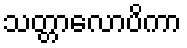
သတ္တာလောပိကာ